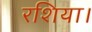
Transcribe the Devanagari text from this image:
रशिया।